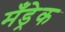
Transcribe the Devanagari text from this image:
मँड्रेक